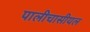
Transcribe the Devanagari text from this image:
पालीचासीयल